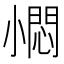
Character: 𡮬